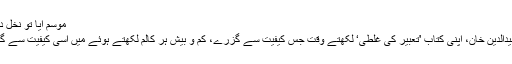
موسم آیا تو نخلِ دار پہ میر
مولانا وحیدالدین خان، اپنی کتاب 'تعبیر کی غلطی‘ لکھتے وقت جس کیفیت سے گزرے، کم و بیش ہر کالم لکھتے ہوئے میں اسی کیفیت سے گزرتا ہوں۔